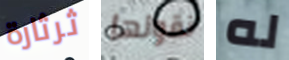
ثرثارة نقولها له